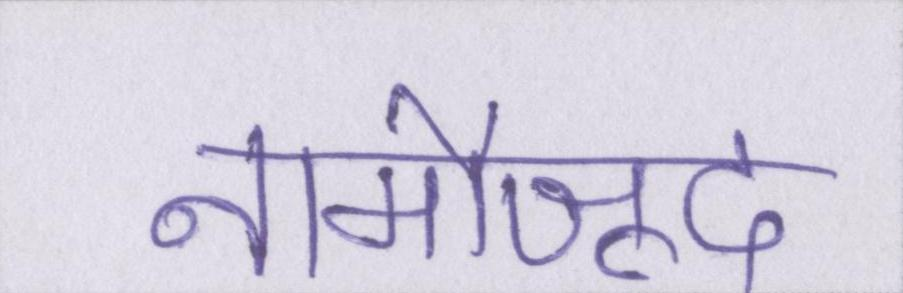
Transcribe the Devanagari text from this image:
नामौजूद